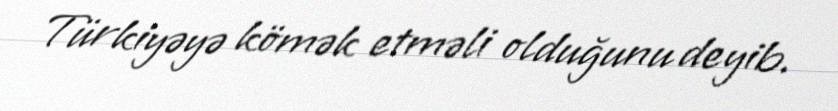
Türkiyəyə kömək etməli olduğunu deyib.